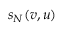
s _ { N } ( v , u )